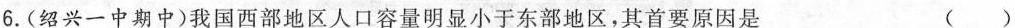
6.(绍兴一中期中)我国西部地区人口容量明显小于东部地区，其首要原因是 ( )